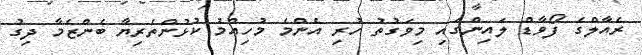
ރެއާލްގެ ފޯވާޑް ލައިންގައި މިވަގުތު ހުރި އެންމެ މުހިއްމު ކުޅުންތެރިޔާ ބެންޒެމާ ދިގު